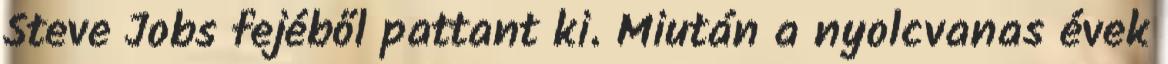
Steve Jobs fejéből pattant ki. Miután a nyolcvanas évek